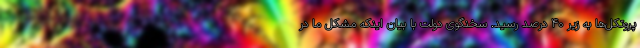
پروتکل‌ها به زیر ۴۰ درصد رسید. سخنگوی دولت با بیان اینکه مشکل ما در